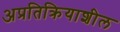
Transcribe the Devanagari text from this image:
अप्रतिक्रियाशील